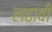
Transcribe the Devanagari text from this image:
लढावी